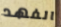
الفهد